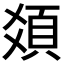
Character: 𩑛